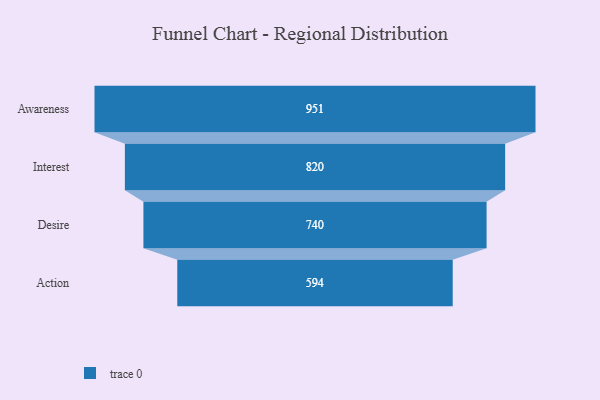
{"axis": {"x": "Stage", "y": "Value"}, "legend": [""], "data": [{"x": "Awareness", "y": 951.0, "type": ""}, {"x": "Interest", "y": 820.0, "type": ""}, {"x": "Desire", "y": 740.0, "type": ""}, {"x": "Action", "y": 594.0, "type": ""}]}